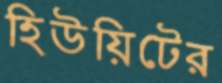
হিউয়িটের